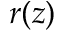
r ( z )